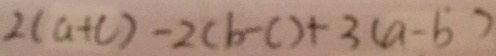
2 ( a + c ) - 2 ( b - c ) + 3 ( a - b )